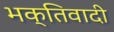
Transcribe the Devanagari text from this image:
भक्तिवादी